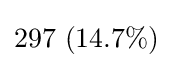
297\ (14.7\%)